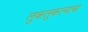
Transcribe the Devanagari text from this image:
लुकलुकल्याचा